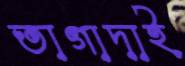
তাগাদাই